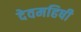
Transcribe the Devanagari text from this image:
देवमहिषी